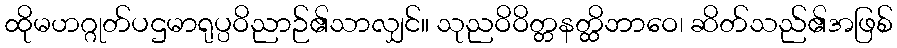
ထိုမဟဂ္ဂုတ်ပဌမာရုပ္ပဝိညာဉ်၏သာလျှင်။ သုညဝိဝိတ္တနတ္ထိဘာဝေ၊ ဆိတ်သည်၏အဖြစ်